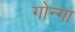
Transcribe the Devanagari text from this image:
गोन्गा